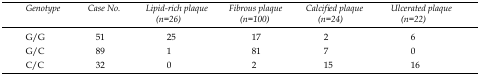
<table><thead><tr><td><b>Genotype</b></td><td><b>Case No.</b></td><td><b>Lipid-rich plaque (n=26)</b></td><td><b>Fibrous plaque (n=100)</b></td><td><b>Calcified plaque (n=24)</b></td><td><b>Ulcerated plaque (n=22)</b></td></tr></thead><tbody><tr><td>G/G</td><td>51</td><td>25</td><td>17</td><td>2</td><td>6</td></tr><tr><td>G/C</td><td>89</td><td>1</td><td>81</td><td>7</td><td>0</td></tr><tr><td>C/C</td><td>32</td><td>0</td><td>2</td><td>15</td><td>16</td></tr></tbody></table>